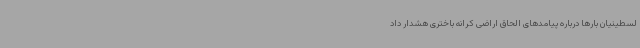
لسطینیان بارها درباره پیامدهای الحاق اراضی کرانه باختری هشدار داد